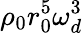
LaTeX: \rho_{0}r_{0}^{5}\omega_{d}^{3}